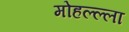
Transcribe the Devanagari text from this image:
मोहल्ल्ला